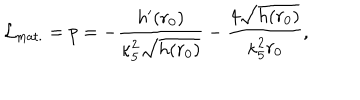
LaTeX: { \cal L } _ { \mathrm { m a t . } } = p = - \frac { h ^ { \prime } ( r _ { 0 } ) } { \kappa _ { 5 } ^ { 2 } \sqrt { h ( r _ { 0 } ) } } - \frac { 4 \sqrt { h ( r _ { 0 } ) } } { \kappa _ { 5 } ^ { 2 } r _ { 0 } } ,